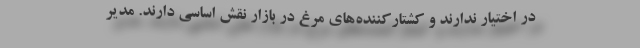
در اختیار ندارند و کشتارکننده‌های مرغ در بازار نقش اساسی دارند. مدیر